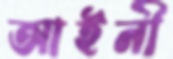
আইনী